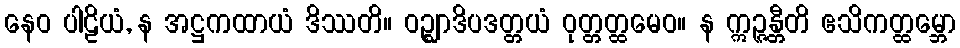
နေဝ ပါဠိယံ, န အဋ္ဌကထာယံ ဒိဿတိ။ ဝဉ္ဈာဒိပဒတ္တယံ ဝုတ္တတ္ထမေဝ။ န ဣဉ္ဇန္တီတိ ဧသိကတ္ထမ္ဘော